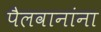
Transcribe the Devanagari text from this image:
पैलवानांना